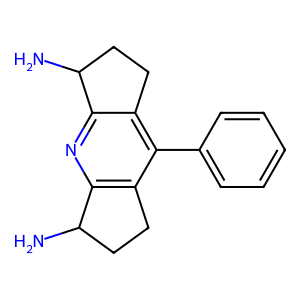
SMILES: NC1CCc2c1nc1c(c2-c2ccccc2)CCC1N
Inhibits HIV replication: No